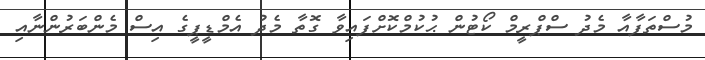
މުސްތަފާއާ މެދު ސްޕްރީމް ކޯޓުން ޙުކުމްކޮށްފައިވާ ގޮތާ މެދު އެމްޑީޕީގެ އިސް މެންބަރުންނާއި